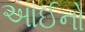
આઈનો